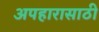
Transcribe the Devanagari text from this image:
अपहारासाठी